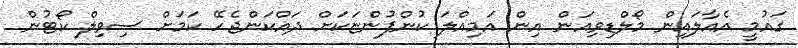
ގައުމީ އެއާލައިން މޯލްޑިވިއަން އިން އަމިއްލަ ކުންފުންޏަކަށް ދައްކަންޖެހޭ ކަމަށް ސިވިލް ކޯޓުން